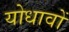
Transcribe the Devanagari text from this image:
योधावों